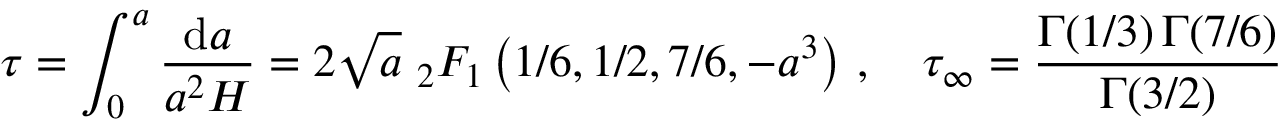
\tau = \int _ { 0 } ^ { a } \frac { \mathrm { d } a } { a ^ { 2 } H } = 2 \sqrt { a } \, \, { } _ { 2 } F _ { 1 } \left( { 1 } / { 6 } , { 1 } / { 2 } , { 7 } / { 6 } , - a ^ { 3 } \right) \, , \quad \tau _ { \infty } = \frac { \Gamma ( 1 / 3 ) \, \Gamma ( 7 / 6 ) } { \Gamma ( 3 / 2 ) }